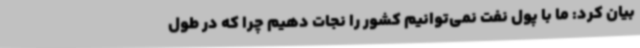
بیان کرد: ما با پول نفت نمی‌توانیم کشور را نجات دهیم چرا که در طول